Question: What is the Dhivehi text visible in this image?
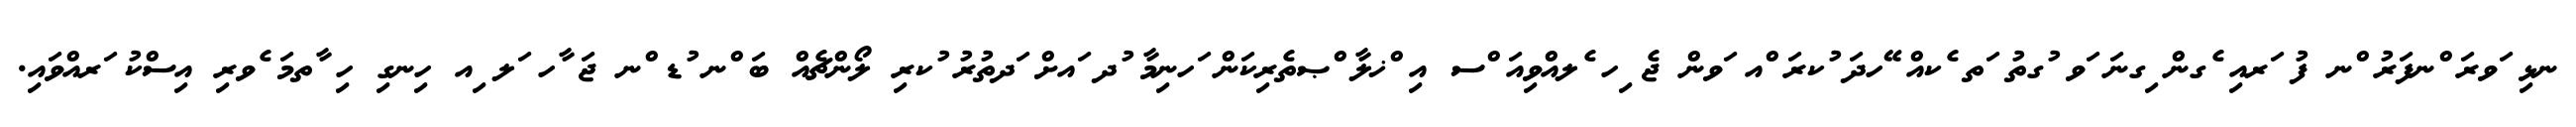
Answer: ނޅި ަވރަ ްނފަރު ްނ ފު ަރއި ެގން ިގނަ ަވ ުގތު ަތ ެކއް ޭހދަ ުކރަ ްއ ަވން ޖެ ިހ ެލއްވިއަ ްސ އި ްޚލާ ްޞތެރިކަން ަހނިމާ ުދ ައށް ަދތުރު ުކރި ލޯންޗެއް ބަ ްނ ުޑ ްނ ޖަ ާހ ަލ ިއ ހިނގި ހި ާތމަ ެވރި އިސްކު ަރއްވައި.